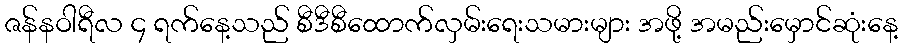
ဇန်နဝါရီလ ၄ ရက်နေ့သည် စီဒီစီထောက်လှမ်းရေးသမားများ အဖို့ အမည်းမှောင်ဆုံးနေ့